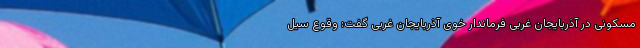
مسکونی در آذربایجان غربی فرماندار خوی آذربایجان غربی گفت: وقوع سیل